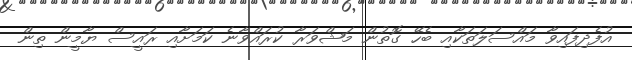
އުފެދިފައިވާ މައްސަލަތަކާއި ބެހޭ ގޮތުން މަޝްވަރާ ކުރައްވާނެ ކަމަށާއި ރައީސް ޔާމީން ތިން